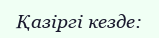
Қазіргі кезде: